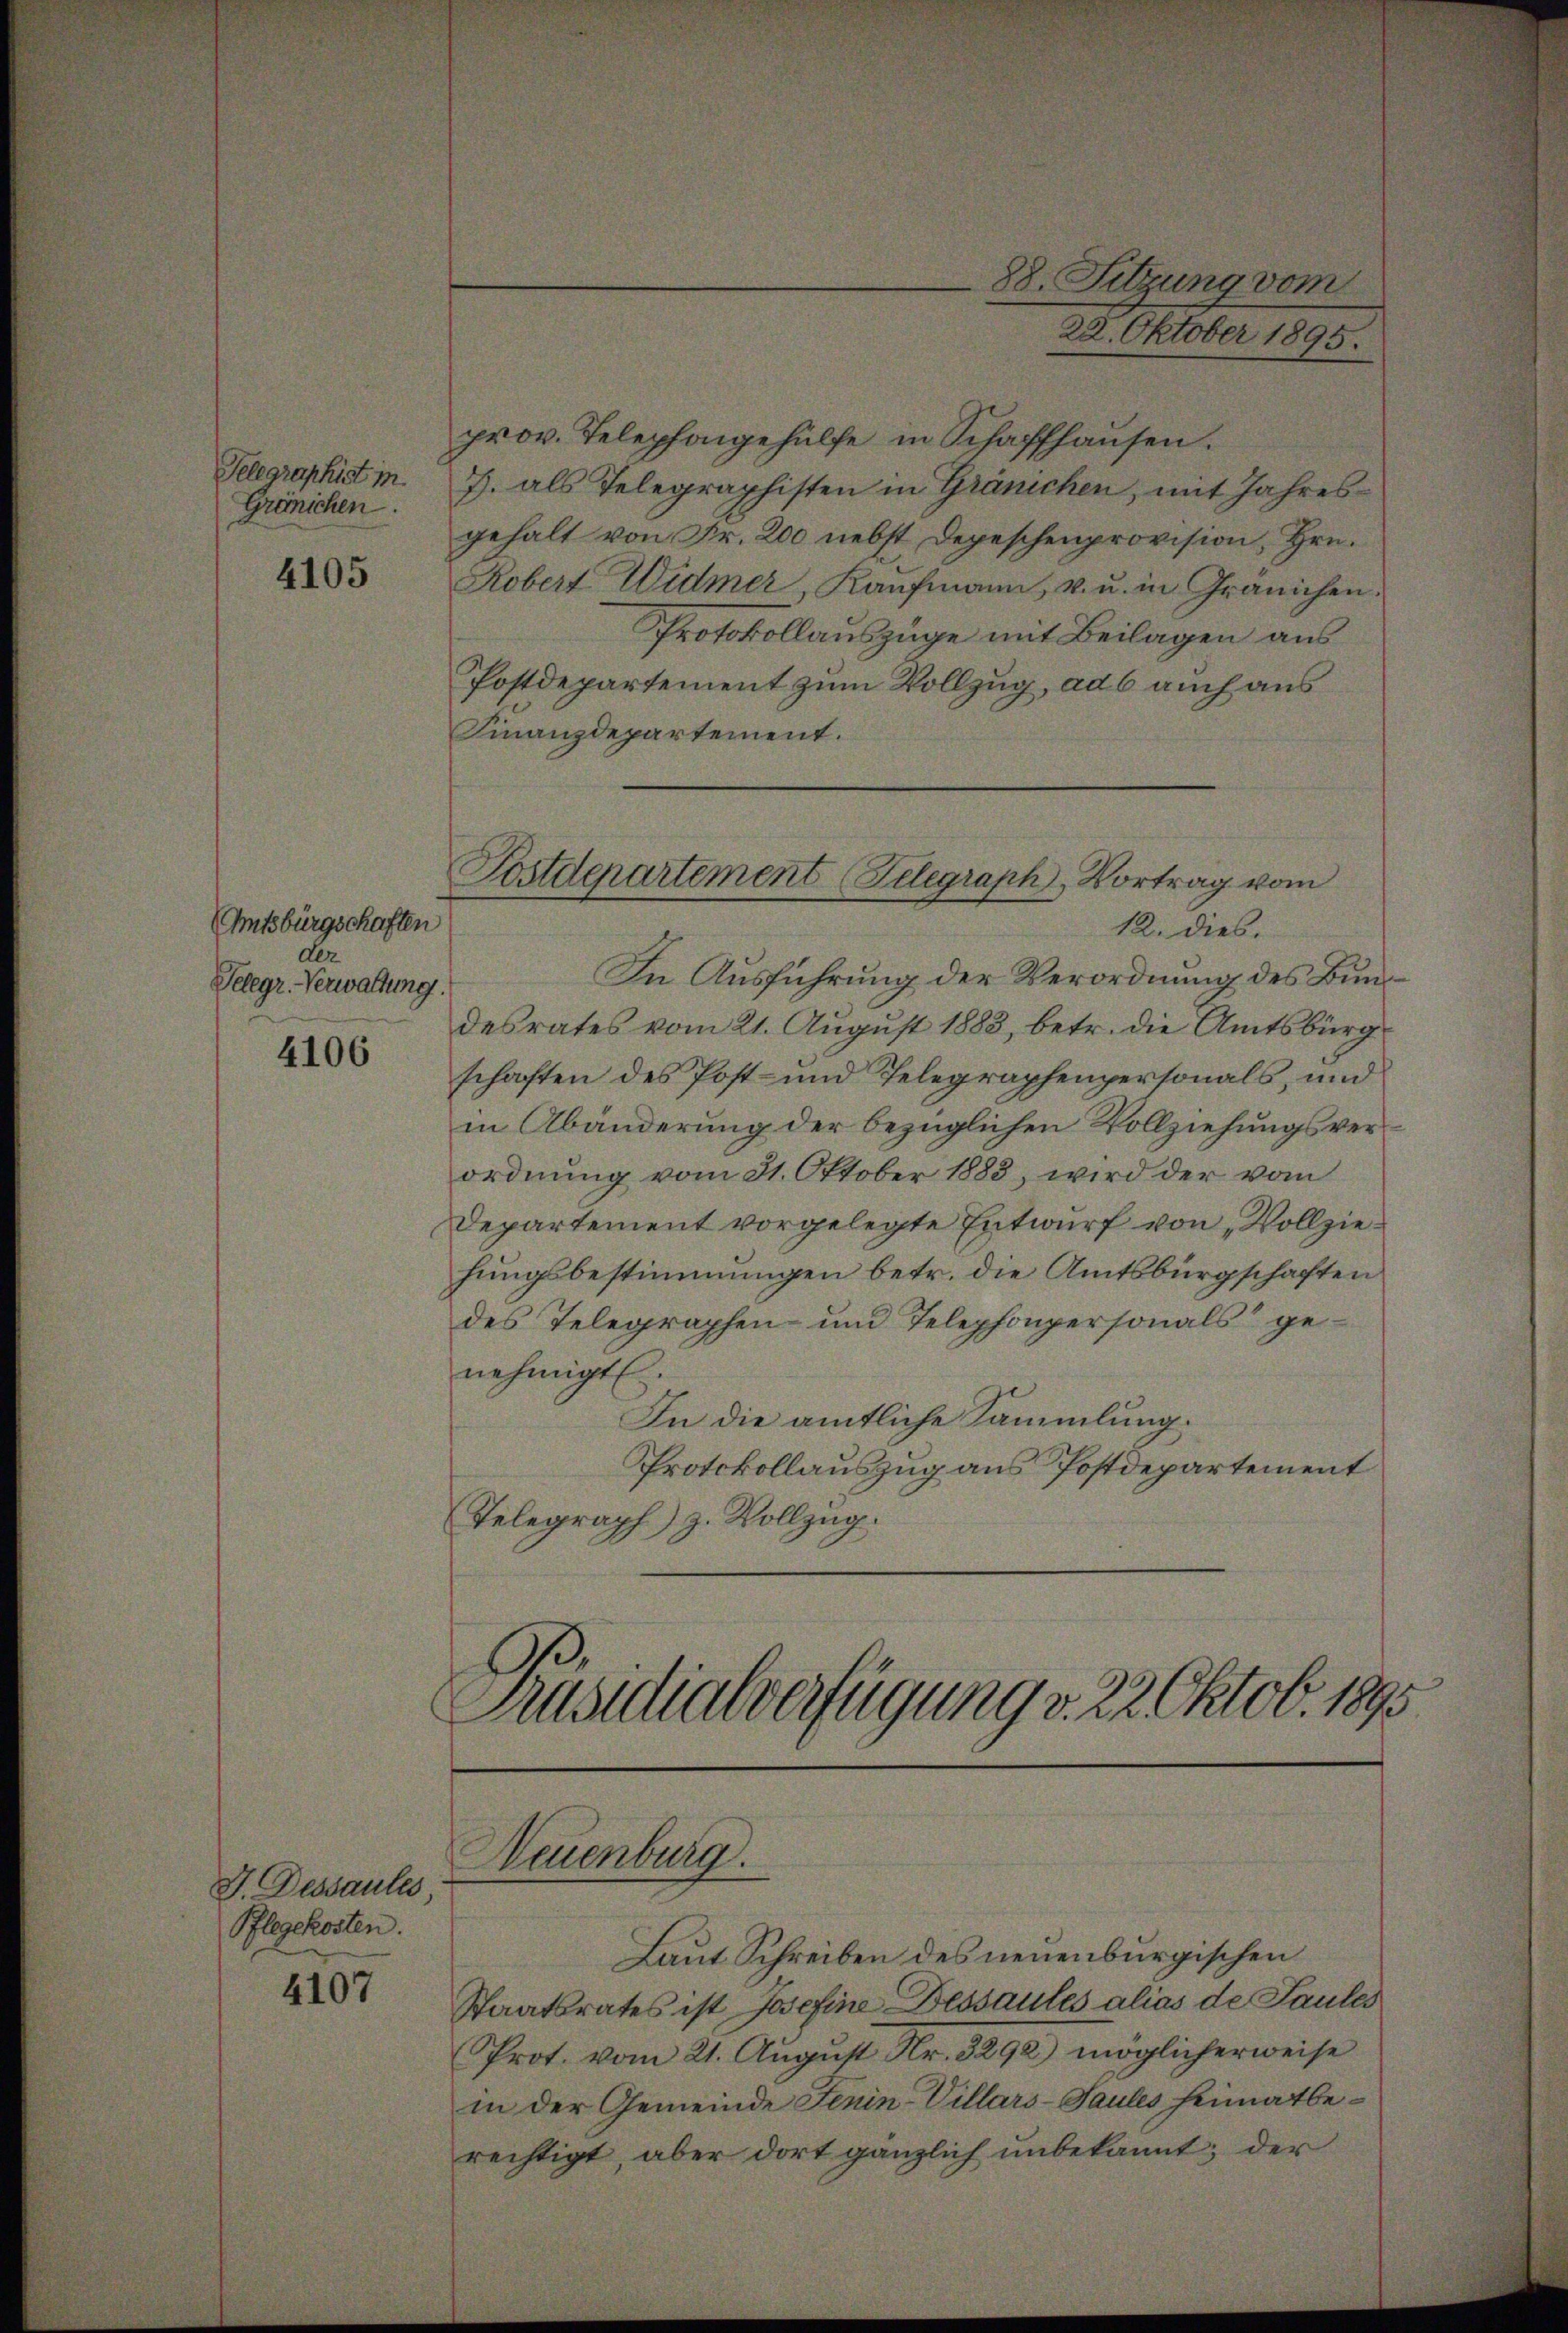
Telegraphist in
Gränichen.

4105

Amtsbürgschaften
dez
Telegr. Verwaltung.

4106

J. Dessaules,
Pflegekosten.
4107

Postdepartement Telegraph, Vortrag vom
12. dies.

In Ausführung der Verordnung des Bund
desrates vom 21. August 1883, betr. die Amtsbürg
schaften des Post- und Telegraphenpersonals, und
in Abänderung der bezüglichen Vollziehungsverordnung vom 31. Oktober 1883, wird der vom
Departement vorgelegte Entwurf von „Vollziehungsbestimmungen betr. die Amtsbürgschaften
des Telegraphen- und Telephonpersonals genehmigt.
In die amtliche Sammlung.
Protokollauszug aus Postdepartement
Telegraph) z. Vollzug.
Präsidialverfügung v. 22 Oktob. 1895.

prov. Telephongehülfe in Schaffhausen.
J. als Telegraphisten in Gränichen, mit Jahresgehalt von Fr. 200 nebst Depeschenprovision, Hrn.
Robert Widmer, Kaufmann, u. u. in Gränichen.
Protokollauszüge mit Beilagen aus
Postdepartement zum Vollzug, ad 6 auch aus
Finanzdepartement.

Neuenburg.

88. Sitzung vom
22. Oktober 1895.

Laut Schreiben des neuenburgischen
Staatsrates ist Josefine Dessaules alias de Saules
Prot. vom 21. August Nr. 3292) möglicherweise
in der Gemeinde Fenin-Villars-Saules heimatberechtigt, aber dort gänzlich unbekannt; der